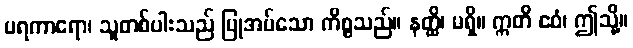
ပရကာရော၊ သူတစ်ပါးသည် ပြုအပ်သော ကိစ္စသည်။ နတ္ထိ၊ မရှိ။ ဣတိ ဧဝံ၊ ဤသို့။